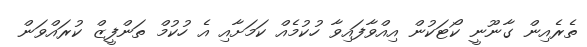
ތެރެއިން ގާނޫނީ ކޯޓަކުން އިއްވާފައިވާ ހުކުމެއް ކަމަށާއި އެ ހުކުމް ތަންފީޒް ކުރައްވަން